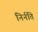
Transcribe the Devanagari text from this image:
निर्नति